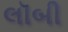
લૉબી